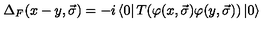
{ \Delta } _ { F } ( x - y , \vec { \sigma } ) = - i \left< 0 \right| T ( \varphi ( x , \vec { \sigma } ) \varphi ( y , \vec { \sigma } ) ) \left| 0 \right>